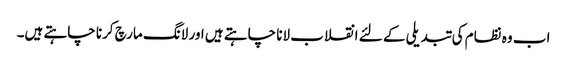
اب وہ نظام کی تبدیلی کے لئے انقلاب لانا چاہتے ہیں اور لانگ مارچ کرنا چاہتے ہیں۔